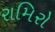
રામિરો